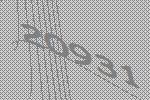
20931